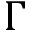
\Gamma